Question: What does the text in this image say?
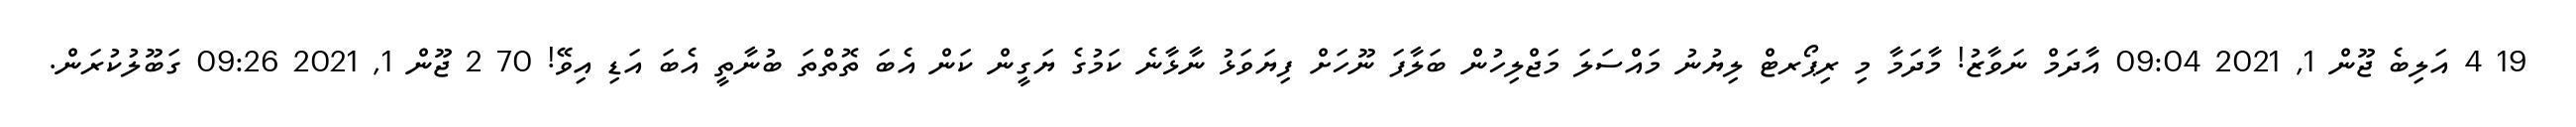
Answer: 19 4 އަލިބެ ޖޫން 1, 2021 09:04 އާދަމް ނަވާޒު! މާދަމާ މި ރިޕޯރޓް ލިޔުނު މައްސަލަ މަޖްލިހުން ބަލާފަ ނޫހަށް ފިޔަވަޅު ނާޅާނެ ކަމުގެ ޔަގީން ކަން އެބަ ތޮތްތަ ބުނާތީ އެބަ އަޑި އިވޭ! 70 2 ޖޫން 1, 2021 09:26 ގަބޫލުކުރަން.